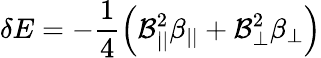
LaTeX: \delta E=-\frac{1}{4}\left(\mathcal{B}_{||}^{2}\beta_{||}+\mathcal{B}_{\perp}^{2}\beta_{\perp}\right)